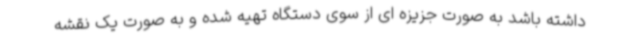
داشته باشد به صورت جزیزه ای از سوی دستگاه تهیه شده و به صورت یک نقشه